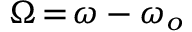
\Omega \! = \! \omega - \omega _ { o }